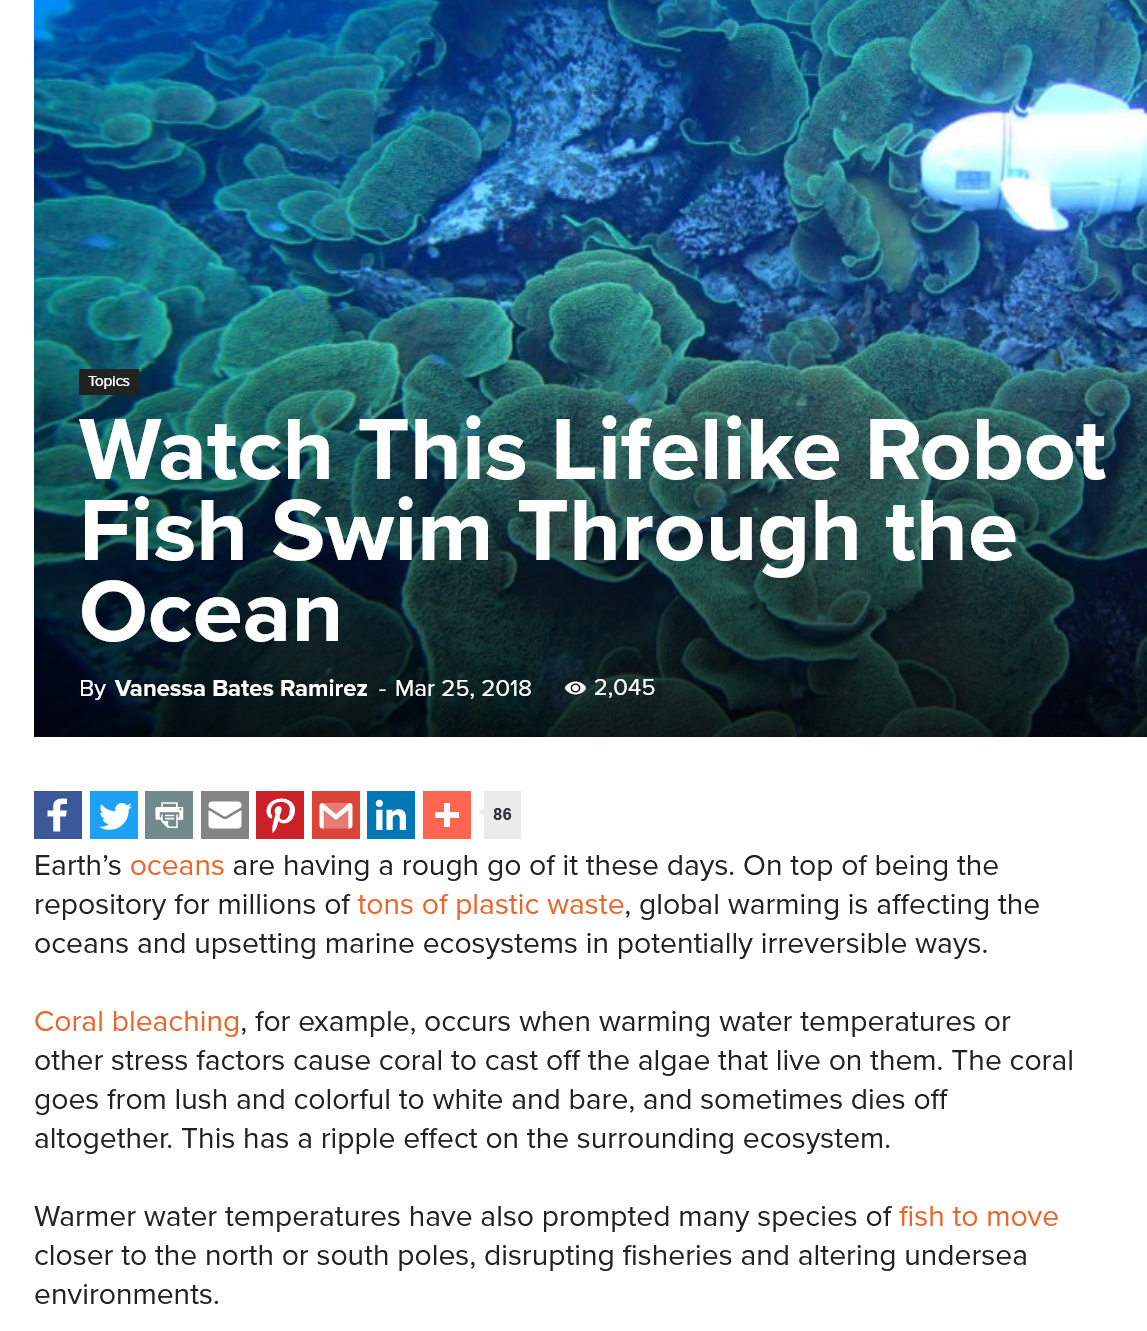
Ate    TORINO    Custer
     Fish    Swim    Through    the
     Ocean
     By Vanessa Bates Ramirez
     -
     Mar 25,2018 @©2,045
   woo
   Earth’s oceans are having a rough go of it these days. On top of being the
   repository for millions of tons of plastic waste, global warming is affecting the
   oceans and upsetting marine ecosystems in potentially irreversible ways.
   Coral bleaching, for example, occurs when warming water temperatures or
   other stress factors cause coral to cast off the algae that live on them. The coral
   goes from lush and colorful to white and bare, and sometimes dies off
   altogether. This has a ripple effect on the surrounding ecosystem.
   Warmer water temperatures have also prompted many species of fish to move
   closer to the north or south poles, disrupting fisheries and altering undersea
   environments.
     Sv    7.
     A
     ‘
     é    i
     eens
     ”   Ler
     =    se
     a
     '
   a
     p    a    Via .
     Ly
    .
     so    a es
     —_
     we
     pe
     Ax:    ce
     ee
     ‘
     7
    oe    Fs    ia    ee
     ETE    fake    Lifelike a    hobs
     Fish    Swim    Through    the
     Ocean
     By Vanessa Bates Ramirez
     -
     Mar 25,2018 © 2,045